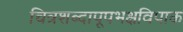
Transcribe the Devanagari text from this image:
चित्रशब्दापूपभक्षविपाक